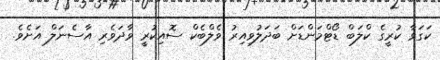
ކަގަވާ ކުރީގެ ކްލަބް ޑޯޓްމަންޑަށް ބަދަލުވިއިރު ވެލްބެކް ސޮއިކުރީ ވާދަވެރި އާސެނަލް އަށެވެ.